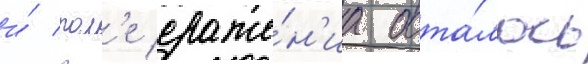
и́ пол'е сраже́н'иа оста́лось